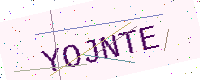
Text: YOJNTE